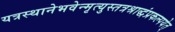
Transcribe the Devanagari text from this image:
यत्रस्थानेभवेन्मृत्युस्तत्रश्राद्धंप्रकल्पयेत्